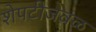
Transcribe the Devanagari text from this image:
शेपटीजवळ